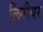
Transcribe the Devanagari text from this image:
लिनीयर